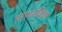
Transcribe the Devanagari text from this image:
चरणसेविका